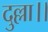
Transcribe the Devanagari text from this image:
दुल्ला।।